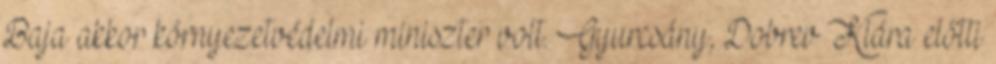
Baja akkor környezetvédelmi miniszter volt. Gyurcsány, Dobrev Klára előtti